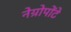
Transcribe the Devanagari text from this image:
नेग्रोपोंटे